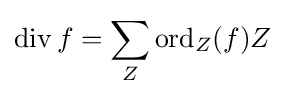
\operatorname {div} f=\sum _{Z}\operatorname {ord} _{Z}(f)Z